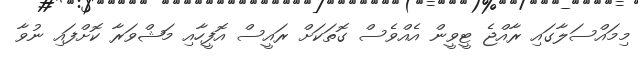
މިމައްސަލާގައި ރާއްޖެ ޓީވީން އެއްވެސް ގޮތަކަށް ރައީސް އޮފީހާއި މަޝްވަރާ ކޮށްފައި ނުވާ